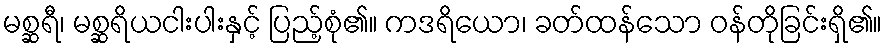
မစ္ဆရီ၊ မစ္ဆရိယငါးပါးနှင့် ပြည့်စုံ၏။ ကဒရိယော၊ ခတ်ထန်သော ဝန်တိုခြင်းရှိ၏။